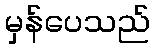
မှန်ပေသည်